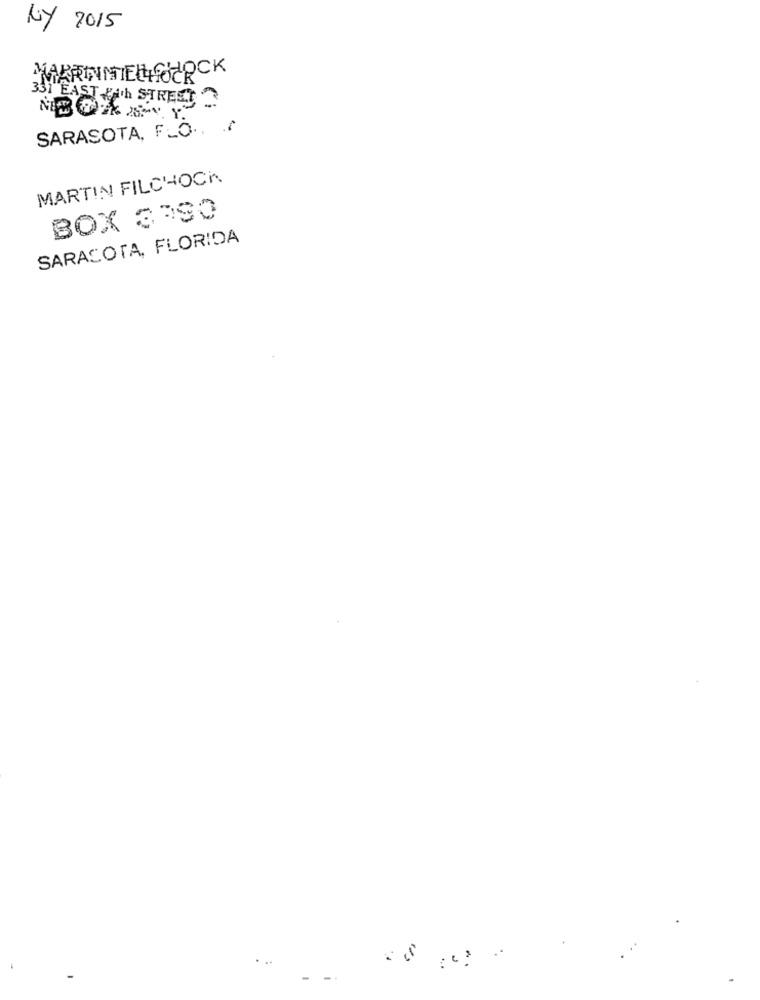
NY 2015
MARDINNIEELCHOCK
331 EAST gth STREET
SARASOTA, FLO .. .
MARTIN FILCHHOCK
BOX 3390
SARASOTA, FLORIDA